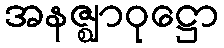
အနဇ္ဈာဝုဋ္ဌော